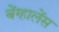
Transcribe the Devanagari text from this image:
बेंग्हालेंस